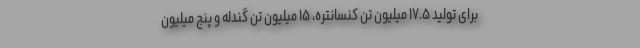
برای تولید ۱۷.۵ میلیون تن کنسانتره، ۱۵ میلیون تن گندله و پنج میلیون